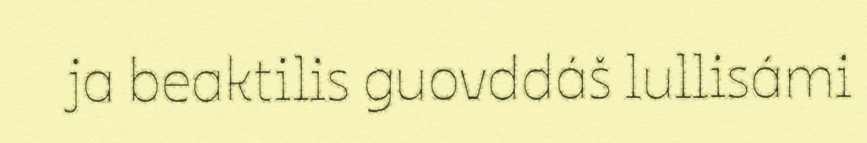
ja beaktilis guovddáš lullisámi